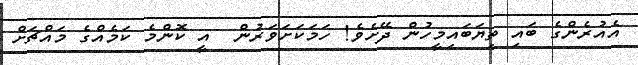
އެއުރެންގެ ބައި ތިޔަބައިމީހުން ދޭށެވެ! ހަމަކަށަވަރުން  އީ ކޮންމެ ކަމެއްގެ މައްޗަށް